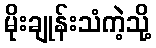
မိုးချုန်းသံကဲ့သို့